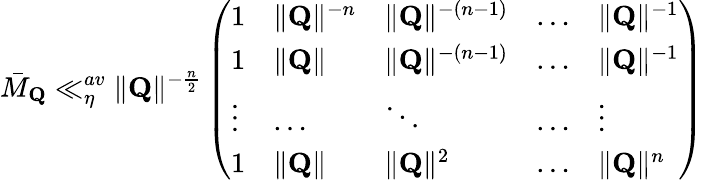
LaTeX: \bar{M}_{\mathbf{Q}}\ll_{\eta}^{av}\Vert\mathbf{Q}\Vert^{-\frac{n}{2}}\left(\begin{array}{lllll}{1}&{\Vert\mathbf{Q}\Vert^{-n}}&{\Vert\mathbf{Q}\Vert^{-(n-1)}}&{\dots}&{\Vert\mathbf{Q}\Vert^{-1}}\\ {1}&{\Vert\mathbf{Q}\Vert}&{\Vert\mathbf{Q}\Vert^{-(n-1)}}&{\dots}&{\Vert\mathbf{Q}\Vert^{-1}}\\ {\vdots}&{\dots}&{\ddots}&{\dots}&{\vdots}\\ {1}&{\Vert\mathbf{Q}\Vert}&{\Vert\mathbf{Q}\Vert^{2}}&{\dots}&{\Vert\mathbf{Q}\Vert^{n}}\end{array}\right)